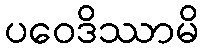
ပဝေဒိဿာမိ